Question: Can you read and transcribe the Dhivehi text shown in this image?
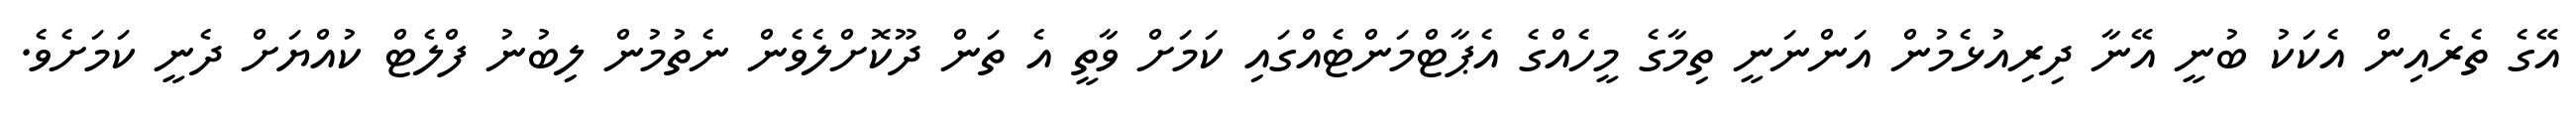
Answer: އޭގެ ތެރެއިން އެކަކު ބުނީ އޭނާ ދިރިއުޅެމުން އަންނަނީ ތިމާގެ މީހެއްގެ އެޕާޓްމަންޓެއްގައި ކަމަށް ވާތީ އެ ތަން ދޫކޮށްލެވެން ނެތުމުން ލިބުނު ފްލެޓް ކުއްޔަށް ދެނީ ކަމަށެވެ.